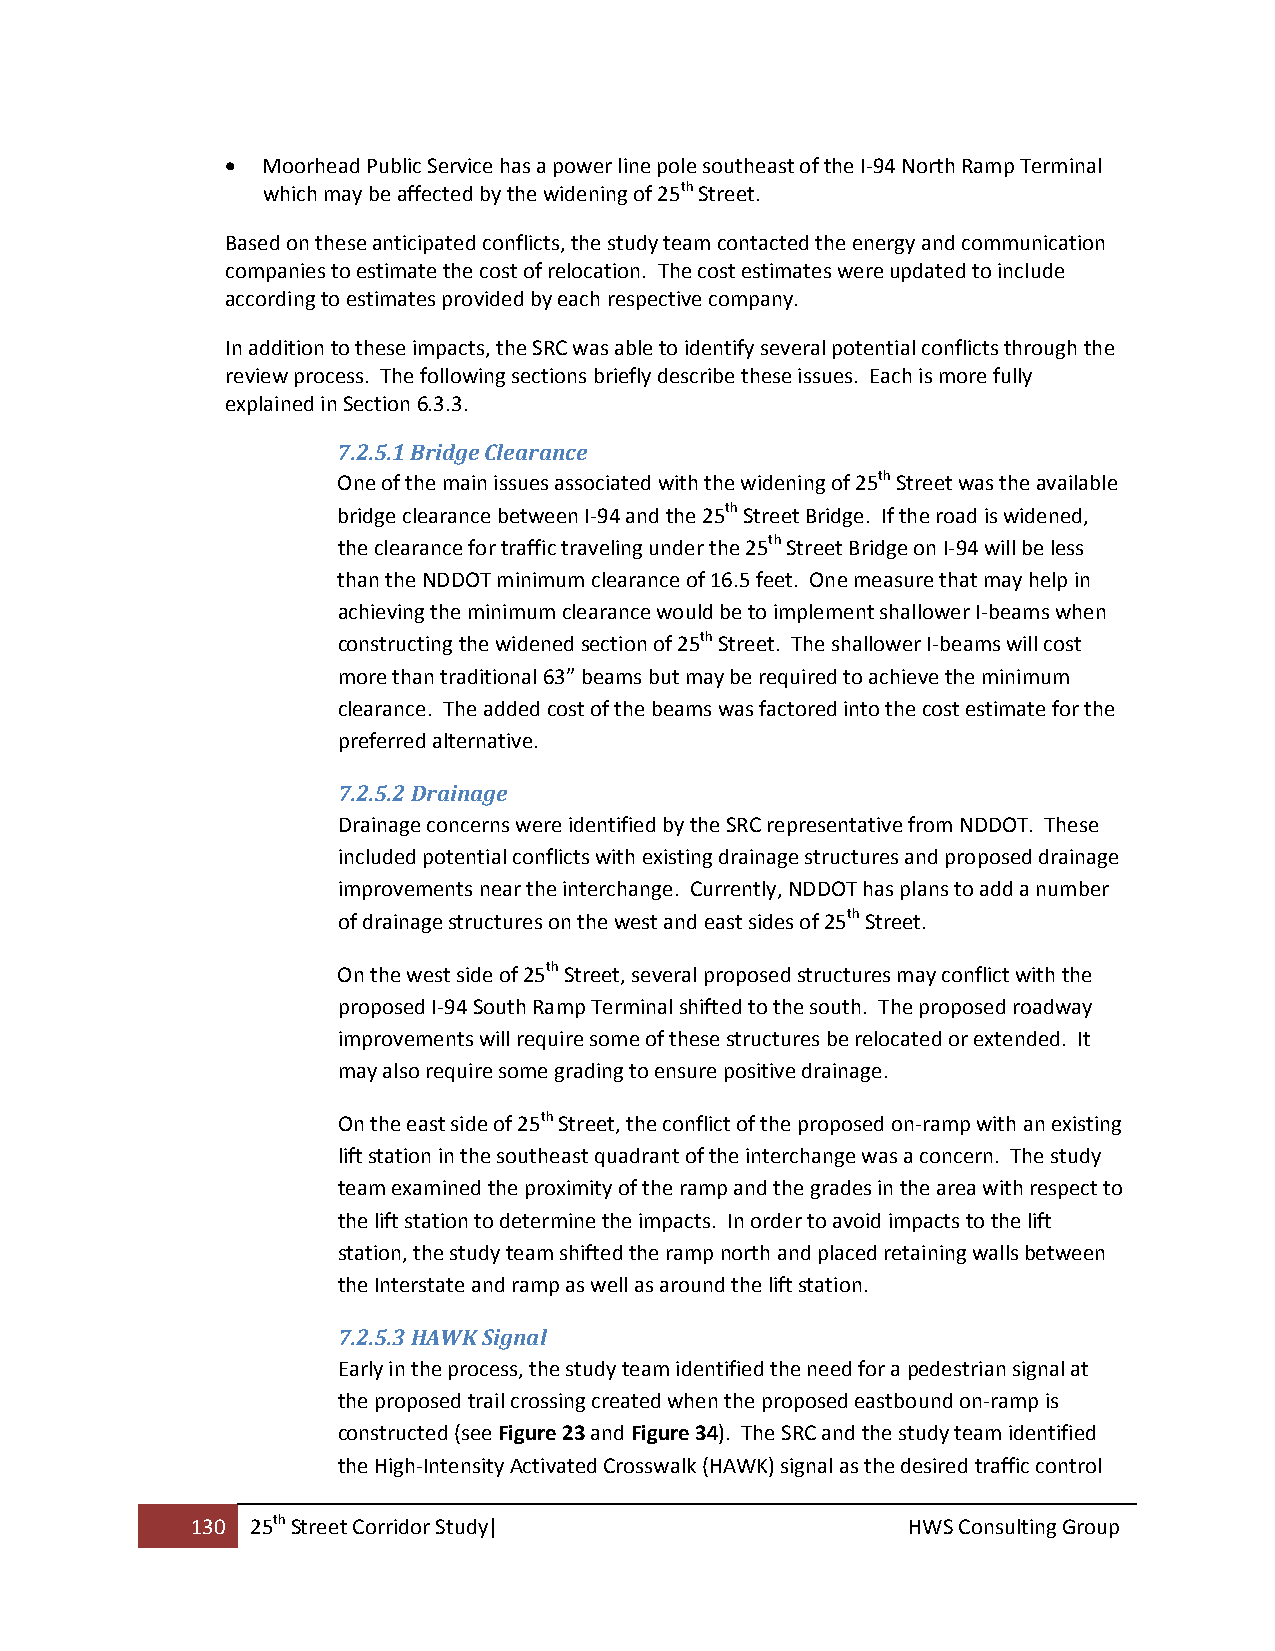
 Moorhead Public Service has a power line pole southeast of the I‐94 North Ramp Terminal
 which may be affected by the widening of 25th Street.
 Based on these anticipated conflicts, the study team contacted the energy and communication
 companies to estimate the cost of relocation. The cost estimates were updated to include
 according to estimates provided by each respective company.
 In addition to these impacts, the SRC was able to identify several potential conflicts through the
 review process. The following sections briefly describe these issues. Each is more fully
 explained in Section 6.3.3.
 7.2.5.1 Bridge Clearance
 One of the main issues associated with the widening of 25th Street was the available
 bridge clearance between I‐94 and the 25th Street Bridge. If the road is widened,
 the clearance for traffic traveling under the 25th Street Bridge on I‐94 will be less
 than the NDDOT minimum clearance of 16.5 feet. One measure that may help in
 achieving the minimum clearance would be to implement shallower I‐beams when
 constructing the widened section of 25th Street. The shallower I‐beams will cost
 more than traditional 63” beams but may be required to achieve the minimum
 clearance. The added cost of the beams was factored into the cost estimate for the
 preferred alternative.
 7.2.5.2 Drainage
 Drainage concerns were identified by the SRC representative from NDDOT. These
 included potential conflicts with existing drainage structures and proposed drainage
 improvements near the interchange. Currently, NDDOT has plans to add a number
 of drainage structures on the west and east sides of 25th Street.
 On the west side of 25th Street, several proposed structures may conflict with the
 proposed I‐94 South Ramp Terminal shifted to the south. The proposed roadway
 improvements will require some of these structures be relocated or extended. It
 may also require some grading to ensure positive drainage.
 On the east side of 25th Street, the conflict of the proposed on‐ramp with an existing
 lift station in the southeast quadrant of the interchange was a concern. The study
 team examined the proximity of the ramp and the grades in the area with respect to
 the lift station to determine the impacts. In order to avoid impacts to the lift
 station, the study team shifted the ramp north and placed retaining walls between
 the Interstate and ramp as well as around the lift station.
 7.2.5.3 HAWK Signal
 Early in the process, the study team identified the need for a pedestrian signal at
 the proposed trail crossing created when the proposed eastbound on‐ramp is
 constructed (see Figure 23 and Figure 34). The SRC and the study team identified
 the High‐Intensity Activated Crosswalk (HAWK) signal as the desired traffic control
 130 25th Street Corridor Study|                HWS Consulting Group